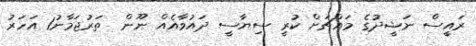
ރައީސް ނަޝީދުގެ މައްޗަށް ކުރީ ސިޔާސީ ދައުވާއެއް ނޫން  ތަރުޖަމާނު1 އަހަރު